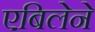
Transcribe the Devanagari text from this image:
एबिलेने